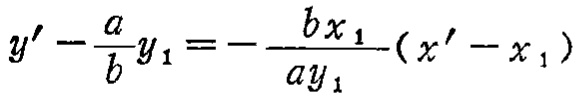
\(y' - \frac{a}{b}y_1 = - \frac{b x_1}{a y_1}(x' - x_1)\)